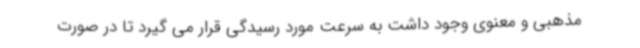
مذهبی و معنوی وجود داشت به سرعت مورد رسیدگی قرار می گیرد تا در صورت